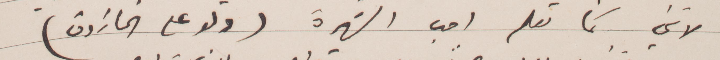
لاني كما تعلم احب الشهرة ولو على الخازوق)